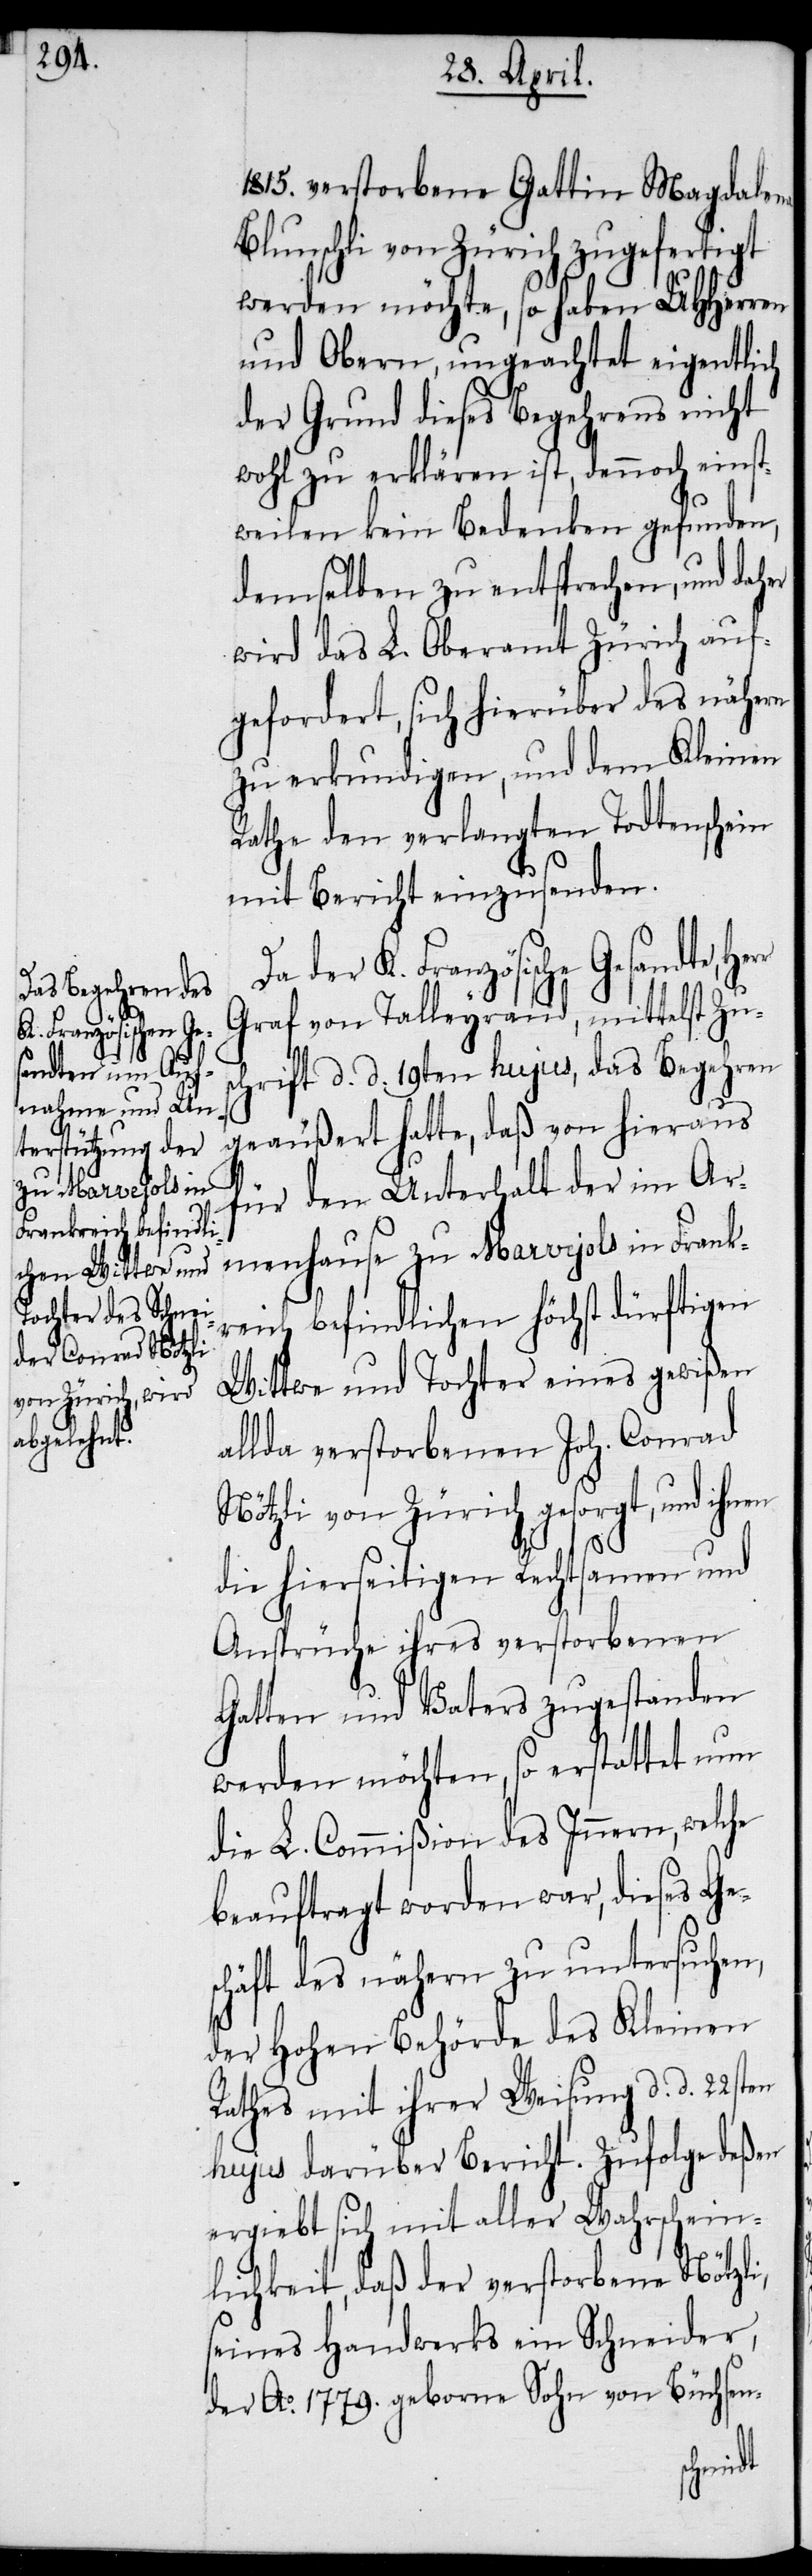
1815. verstorbene Gattin Magdalena
Blunschli von Zürich zugefertigt
werden möchte, so haben UHHerren
und Obern, ungeachtet eigentlich
der Grund dieses Begehrens nicht
wohl zu erklären ist, dennoch einst¬
weilen kein Bedenken gefunden,
demselben zu entsprechen, und daher
wird das L. Oberamt Zürich auf¬
gefordert, sich hierüber des nähern
zu erkundigen, und dem Kleinen
Rathe den verlangten Todtenschein
mit Bericht einzusenden.
Da der K. Französische Gesandte,
Graf von Talleyrand, mittelst Zu¬
schrift d. d. 19ten hujus, das Begehren
geäußert hatte, daß von hieraus
für den Unterhalt der im Ar¬
menhause zu Marvejols in Frank¬
reich befindlichen höchst dürftigen
Wittwe und Tochter eines gewißen
allda verstorbenen Joh. Conrad
Nötzli von Zürich gesorgt, und
die hierseitigen Rechtsamen und
Ansprüche ihres verstorbenen
Gatten und Vaters zugestanden
werden möchten, so erstattet nun
die L. Commißion des Innern, wel¬
beauftragt worden war, dieses Ge¬
schäft des nähern zu untersuchen,
der Hohen Behörde des Kleinen
Rathes mit ihrer Weisung d. d. 22st¬
hujus darüber Bericht. Zufolge deßen
ergiebt sich mit aller Wahrschein¬
lichkeit, daß der verstorbene Nötzli,
seines Handwerks ein Schneider,
der Ao. 1779. geborne Sohn von Büchsen-
en